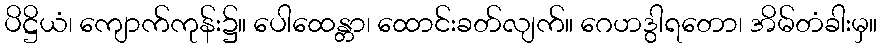
ပိဋ္ဌိယံ၊ ကျောက်ကုန်း၌။ ပေါထေန္တာ၊ ထောင်းခတ်လျက်။ ဂေဟဒွါရတော၊ အိမ်တံခါးမှ။